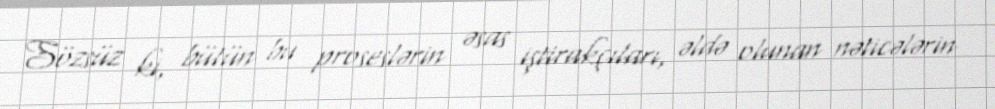
Sözsüz ki, bütün bu proseslərin əsas iştirakçıları, əldə olunan nəticələrin